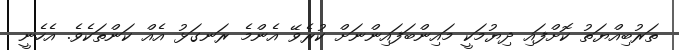
ތަރުބިއްޔަތު ކޮށްފައި ދިޔުމަކީ މައިންބަފައިންނަށް ކުރެވޭ އެންމެ ރަނގަޅު އެއް ކަންތަކެވެ. އެހެނީ